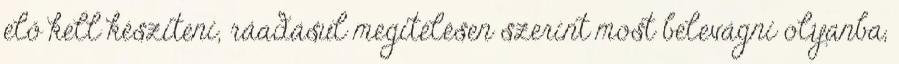
elő kell készíteni, ráadásul megítélésen szerint most belevágni olyanba,